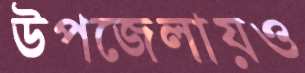
উপজেলায়ও